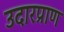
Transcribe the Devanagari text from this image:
उदारप्राण